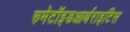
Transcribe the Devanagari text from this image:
रुमेटॉइडआर्थराइटिस